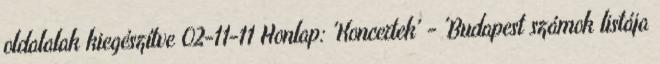
oldalalak kiegészítve 02-11-11 Honlap: 'Koncertek' - 'Budapest számok listája